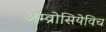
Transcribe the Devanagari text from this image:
अम्व्रोसियेविच